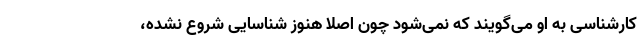
کارشناسی به او می‌گویند که نمی‌شود چون اصلا هنوز شناسایی شروع نشده،